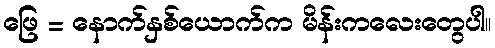
ဖြေ = နောက်နှစ်ယောက်က မိန်းကလေးတွေပါ။